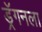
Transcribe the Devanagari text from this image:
ड्रॅगनला